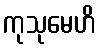
ကုသုမေဟိ